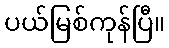
ပယ်မြစ်ကုန်ပြီ။